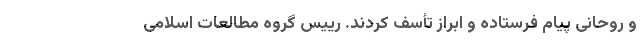
و روحانی پیام فرستاده و ابراز تأسف کردند. رییس گروه مطالعات اسلامی